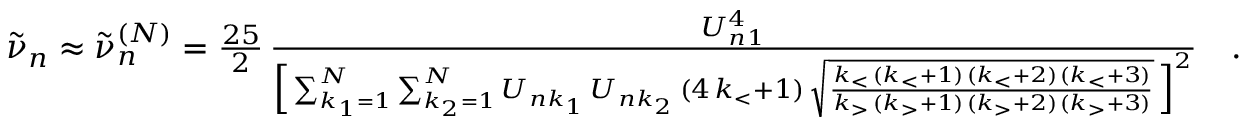
\begin{array} { r } { \tilde { \nu } _ { n } \approx \tilde { \nu } _ { n } ^ { ( N ) } = \frac { 2 5 } { 2 } \, \frac { U _ { n 1 } ^ { 4 } } { \Big [ \sum _ { k _ { 1 } = 1 } ^ { N } \sum _ { k _ { 2 } = 1 } ^ { N } U _ { n k _ { 1 } } \, U _ { n k _ { 2 } } \, ( 4 \, k _ { < } + 1 ) \, \sqrt \frac { k _ { < } \, ( k _ { < } + 1 ) \, ( k _ { < } + 2 ) \, ( k _ { < } + 3 ) } { k _ { > } \, ( k _ { > } + 1 ) \, ( k _ { > } + 2 ) \, ( k _ { > } + 3 ) } \, \Big ] ^ { 2 } } \quad . } \end{array}